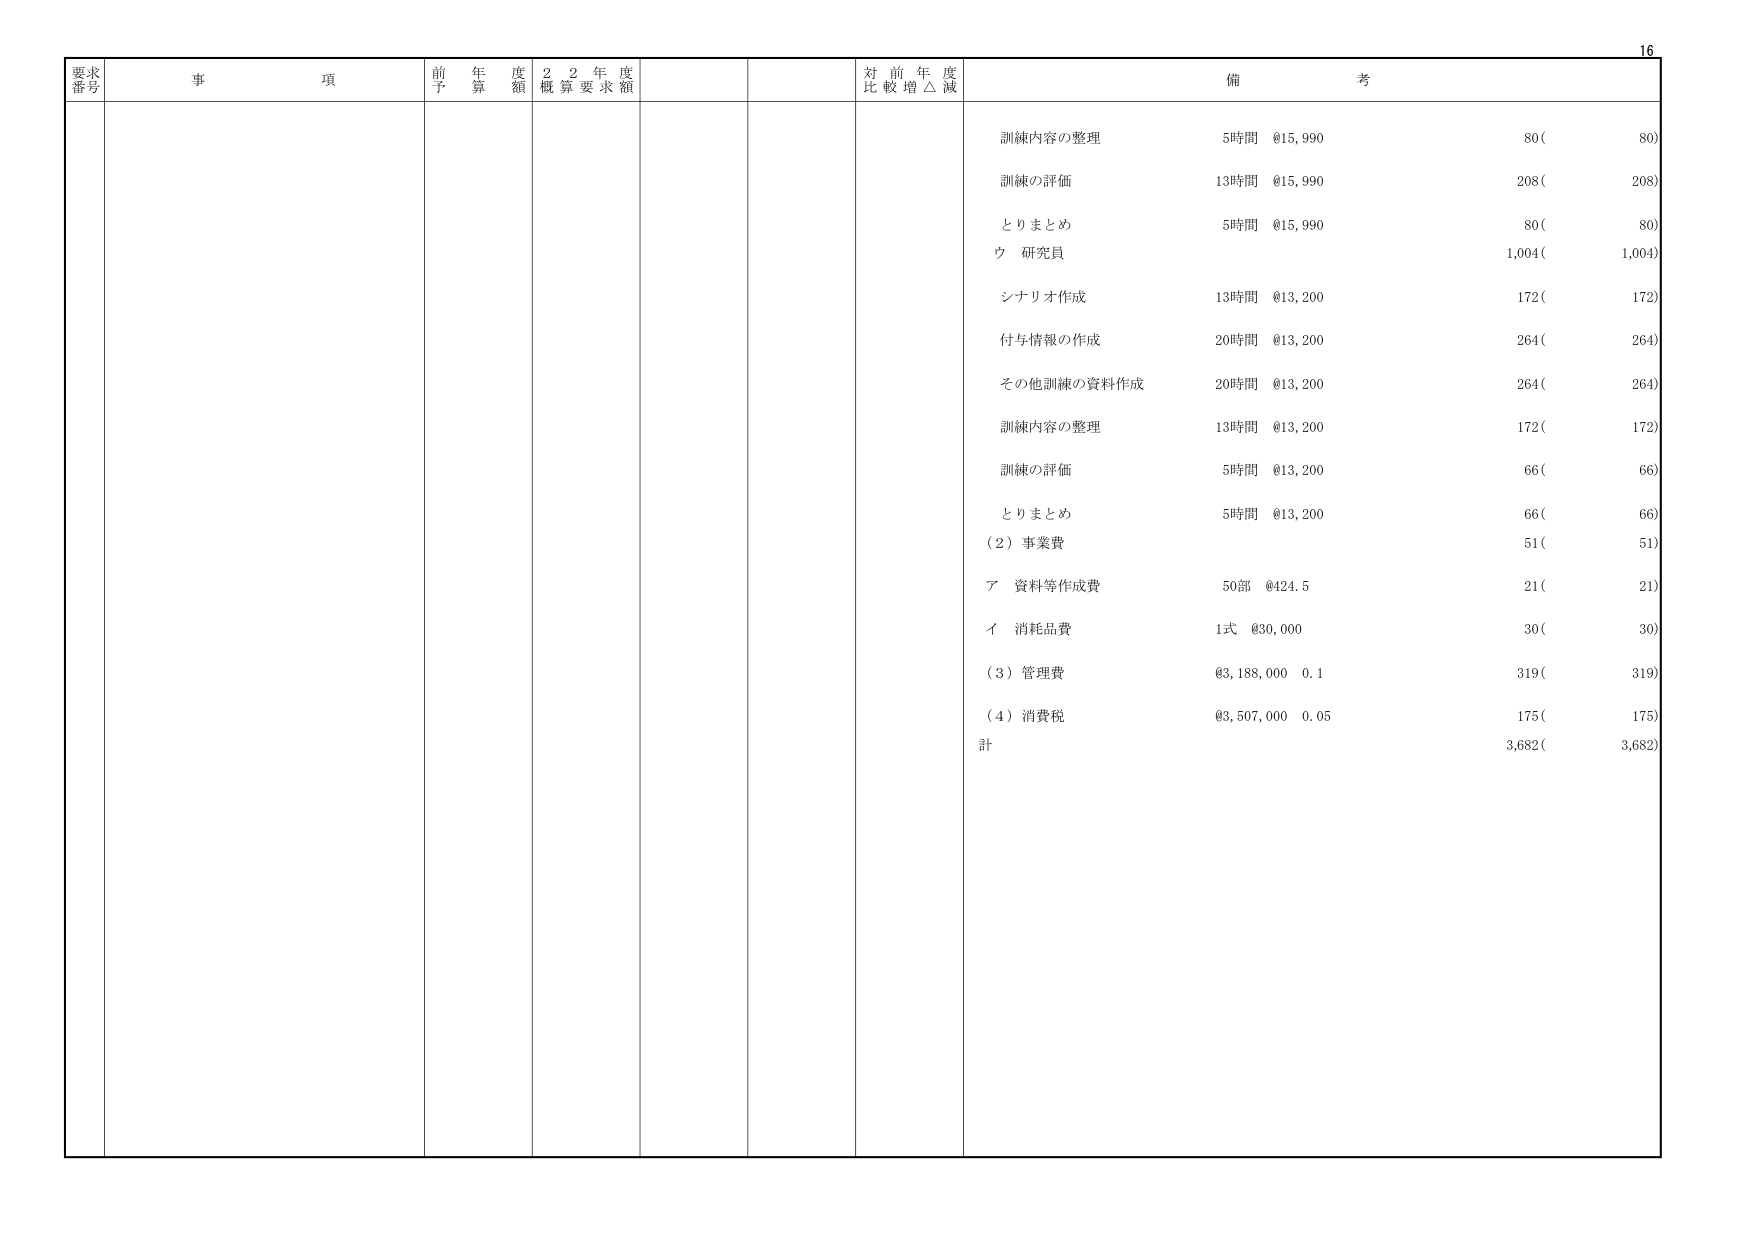
16
要求
番号
事 項
前 年 度
予 算 額
2 2 年 度
概 算 要 求 額
対 前 年 度
比 較 増 △ 減
備 考
訓練内容の整理
5時間 @15,990
80(
80)
訓練の評価
13時間 @15,990
208(
208)
とりまとめ
5時間 @15,990
80(
80)
ウ 研究員
1,004(
1,004)
シナリオ作成
13時間 @13,200
172(
172)
付与情報の作成
20時間 @13,200
264(
264)
その他訓練の資料作成
20時間 @13,200
264(
264)
訓練内容の整理
13時間 @13,200
172(
172)
訓練の評価
5時間 @13,200
66(
66)
とりまとめ
5時間 @13,200
66(
66)
(2) 事業費
51(
51)
ア 資料等作成費
50部 @424.5
21(
21)
イ 消耗品費
1式 @30,000
30(
30)
(3) 管理費
@3,188,000 0.1
319(
319)
(4) 消費税
@3,507,000 0.05
175(
175)
計
3,682(
3,682)